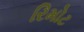
રિમોટ